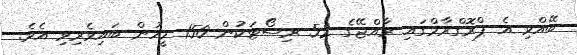
ބޭއްވި އެ ޕްރޮގްރާމްގައި ރާއްޖޭގެ 52 ރިސޯޓަކުން 150 މީހުން ބައިވެރިވި އެވެ.